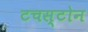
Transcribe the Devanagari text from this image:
टचस्‍टोन